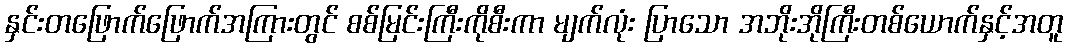
နှင်းတဖြောက်ဖြောက်အကြားတွင် စစ်မြင်းကြီးကိုစီးကာ မျက်လုံး ပြာသော အဘိုးအိုကြီးတစ်ယောက်နှင့်အတူ